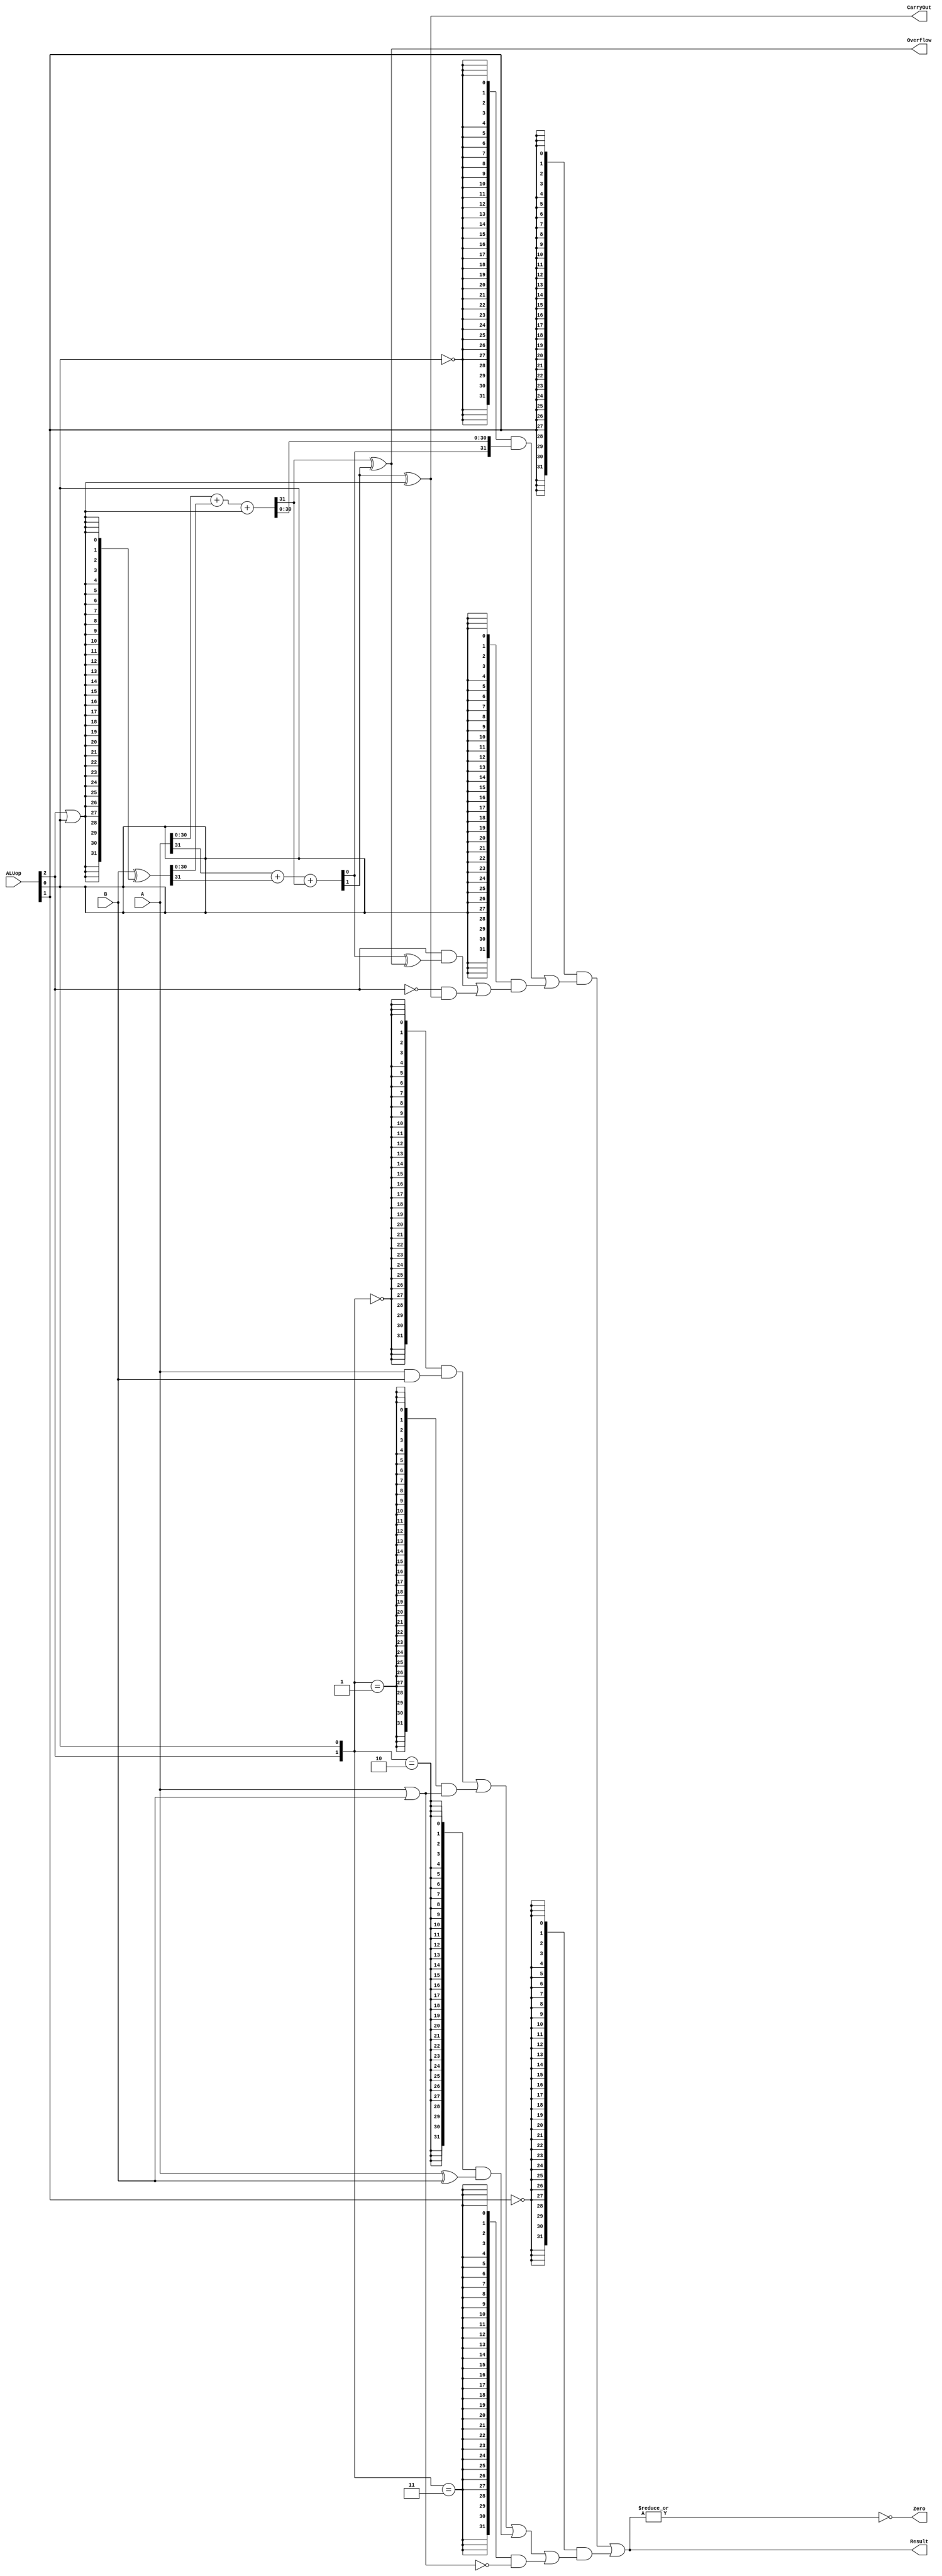
`timescale 10 ns / 1 ns

`define DATA_WIDTH 32

module alu(
	input  [`DATA_WIDTH - 1:0]  A,
	input  [`DATA_WIDTH - 1:0]  B,
	input  [              2:0]  ALUop,
	output                      Overflow,
	output                      CarryOut,
	output                      Zero,
	output [`DATA_WIDTH - 1:0]  Result
);

	wire [`DATA_WIDTH - 1:0]  AdderResult;
	wire [`DATA_WIDTH - 1:0]  AorB;
	wire [`DATA_WIDTH - 1:0]  BinCalcul;
	wire                      CarryHighest;
	wire                      CarryOutTemp;
	wire                      CarrySign;
	wire                      OverflowTemp;
	wire                      SubSignal;
	wire [`DATA_WIDTH - 2:0]  SumValue;
	wire                      SumSign;

	// provide a vector, with the value of A | B
	// assign AorB = A | B;

	// judge whether subtraction is needed
	assign SubSignal = ALUop[2] | ALUop[0];

	// if we need to do subtraction, inverse wire B
	assign BinCalcul = B ^ ({`DATA_WIDTH{SubSignal}});

	// add them up in two assign statement, getting two carry out used for overflow calculation
	assign {CarryHighest, SumValue} = A[`DATA_WIDTH - 2:0] + BinCalcul[`DATA_WIDTH - 2:0] + SubSignal;
	assign {CarrySign,    SumSign } = A[`DATA_WIDTH - 1  ] + BinCalcul[`DATA_WIDTH - 1  ] + CarryHighest;

	// get the overflow and carryout as temporary variables, for need in getting AdderResult
	assign OverflowTemp = CarryHighest ^ CarrySign;
	assign CarryOutTemp = CarrySign ^ SubSignal;

	// if we need to return a compare result, then get the sign of summation (XORed by overflow)
	assign AdderResult = {`DATA_WIDTH{~ALUop[0]}} & {SumSign, SumValue}
			   | {`DATA_WIDTH{ ALUop[0]}} & {31'b0, (( ALUop[2] & (SumSign ^ OverflowTemp)) |
			   			                 (~ALUop[2] & CarryOutTemp            ))};

			//    | {`DATA_WIDTH{ ALUop[2] & ALUop[0]}} & (SumSign ^ OverflowTemp)
			//    | {`DATA_WIDTH{~ALUop[2] & ALUop[0]}} & (SumSign ^ CarryOutTemp);

	// get the carry out and the overflow.
	// CarryOut should be the inverse when a subtraction is needed, because of the definition
	// (we do borrow when "borrow == 0", instead do carry out when "CarryOut == 1")
	assign CarryOut = CarryOutTemp;
	assign Overflow = OverflowTemp;

	// get the result, in different cases. no expansion area is set here; so when nedded, just change this line
	assign Result = {`DATA_WIDTH{ ALUop[1]}} & AdderResult
		      | {`DATA_WIDTH{~ALUop[1]}} & ({`DATA_WIDTH{{ALUop[2], ALUop[0]} == 2'b00}} &  (A & B) |
		                                    {`DATA_WIDTH{{ALUop[2], ALUop[0]} == 2'b01}} &  (A | B) |
		                                    {`DATA_WIDTH{{ALUop[2], ALUop[0]} == 2'b10}} &  (A ^ B) |
		                                    {`DATA_WIDTH{{ALUop[2], ALUop[0]} == 2'b11}} & ~(A | B)   )
	;

	// get the zero output, when all bits of the result are 0, "zero" will be set
	assign Zero = ~(|Result);

endmodule